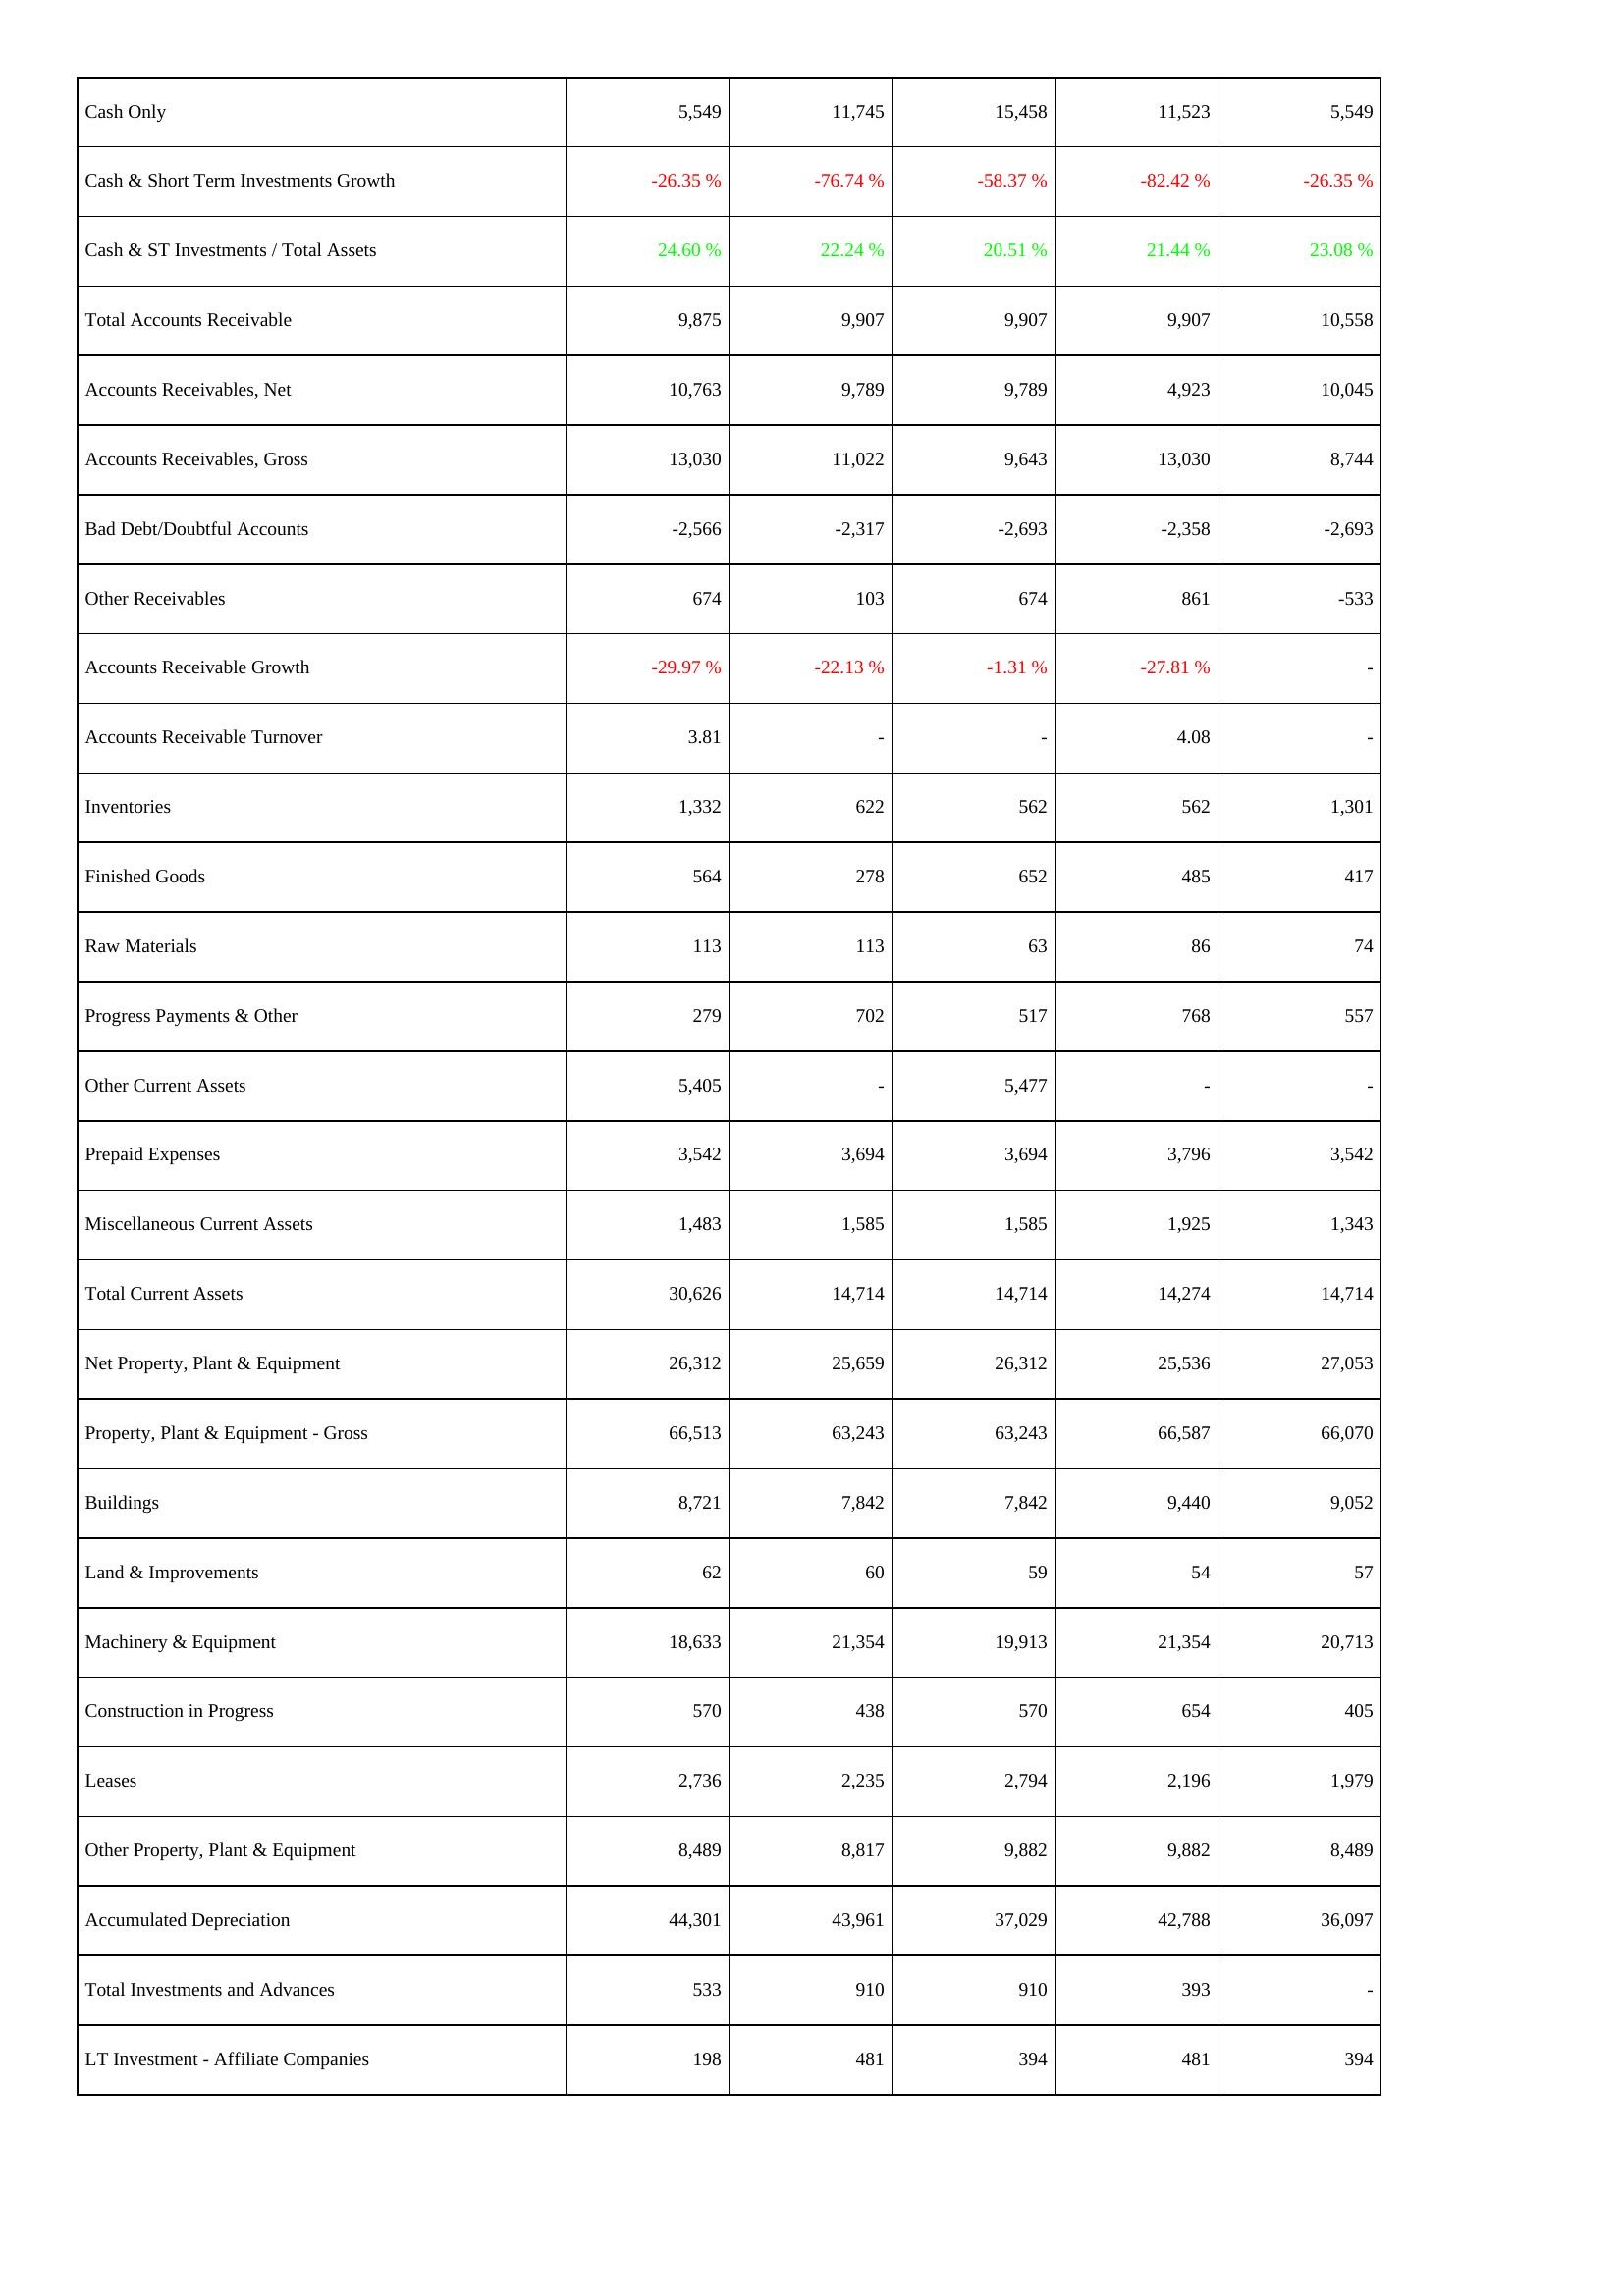
2025: Assets: Cash Only: 5,549
Cash & Short Term Investments Growth: -26.35 %
Cash & ST Investments / Total Assets: 24.60 %
Total Accounts Receivable: 9,875
Accounts Receivables, Net: 10,763
Accounts Receivables, Gross: 13,030
Bad Debt/Doubtful Accounts: -2,566
Other Receivables: 674
Accounts Receivable Growth: -29.97 %
Accounts Receivable Turnover: 3.81
Inventories: 1,332
Finished Goods: 564
Raw Materials: 113
Progress Payments & Other: 279
Other Current Assets: 5,405
Prepaid Expenses: 3,542
Miscellaneous Current Assets: 1,483
Total Current Assets: 30,626
Net Property, Plant & Equipment: 26,312
Property, Plant & Equipment - Gross: 66,513
Buildings: 8,721
Land & Improvements: 62
Machinery & Equipment: 18,633
Construction in Progress: 570
Leases: 2,736
Other Property, Plant & Equipment: 8,489
Accumulated Depreciation: 44,301
Total Investments and Advances: 533
LT Investment - Affiliate Companies: 198
2024: Assets: Cash Only: 11,745
Cash & Short Term Investments Growth: -76.74 %
Cash & ST Investments / Total Assets: 22.24 %
Total Accounts Receivable: 9,907
Accounts Receivables, Net: 9,789
Accounts Receivables, Gross: 11,022
Bad Debt/Doubtful Accounts: -2,317
Other Receivables: 103
Accounts Receivable Growth: -22.13 %
Accounts Receivable Turnover: -
Inventories: 622
Finished Goods: 278
Raw Materials: 113
Progress Payments & Other: 702
Other Current Assets: -
Prepaid Expenses: 3,694
Miscellaneous Current Assets: 1,585
Total Current Assets: 14,714
Net Property, Plant & Equipment: 25,659
Property, Plant & Equipment - Gross: 63,243
Buildings: 7,842
Land & Improvements: 60
Machinery & Equipment: 21,354
Construction in Progress: 438
Leases: 2,235
Other Property, Plant & Equipment: 8,817
Accumulated Depreciation: 43,961
Total Investments and Advances: 910
LT Investment - Affiliate Companies: 481
2023: Assets: Cash Only: 15,458
Cash & Short Term Investments Growth: -58.37 %
Cash & ST Investments / Total Assets: 20.51 %
Total Accounts Receivable: 9,907
Accounts Receivables, Net: 9,789
Accounts Receivables, Gross: 9,643
Bad Debt/Doubtful Accounts: -2,693
Other Receivables: 674
Accounts Receivable Growth: -1.31 %
Accounts Receivable Turnover: -
Inventories: 562
Finished Goods: 652
Raw Materials: 63
Progress Payments & Other: 517
Other Current Assets: 5,477
Prepaid Expenses: 3,694
Miscellaneous Current Assets: 1,585
Total Current Assets: 14,714
Net Property, Plant & Equipment: 26,312
Property, Plant & Equipment - Gross: 63,243
Buildings: 7,842
Land & Improvements: 59
Machinery & Equipment: 19,913
Construction in Progress: 570
Leases: 2,794
Other Property, Plant & Equipment: 9,882
Accumulated Depreciation: 37,029
Total Investments and Advances: 910
LT Investment - Affiliate Companies: 394
2022: Assets: Cash Only: 11,523
Cash & Short Term Investments Growth: -82.42 %
Cash & ST Investments / Total Assets: 21.44 %
Total Accounts Receivable: 9,907
Accounts Receivables, Net: 4,923
Accounts Receivables, Gross: 13,030
Bad Debt/Doubtful Accounts: -2,358
Other Receivables: 861
Accounts Receivable Growth: -27.81 %
Accounts Receivable Turnover: 4.08
Inventories: 562
Finished Goods: 485
Raw Materials: 86
Progress Payments & Other: 768
Other Current Assets: -
Prepaid Expenses: 3,796
Miscellaneous Current Assets: 1,925
Total Current Assets: 14,274
Net Property, Plant & Equipment: 25,536
Property, Plant & Equipment - Gross: 66,587
Buildings: 9,440
Land & Improvements: 54
Machinery & Equipment: 21,354
Construction in Progress: 654
Leases: 2,196
Other Property, Plant & Equipment: 9,882
Accumulated Depreciation: 42,788
Total Investments and Advances: 393
LT Investment - Affiliate Companies: 481
2021: Assets: Cash Only: 5,549
Cash & Short Term Investments Growth: -26.35 %
Cash & ST Investments / Total Assets: 23.08 %
Total Accounts Receivable: 10,558
Accounts Receivables, Net: 10,045
Accounts Receivables, Gross: 8,744
Bad Debt/Doubtful Accounts: -2,693
Other Receivables: -533
Accounts Receivable Growth: -
Accounts Receivable Turnover: -
Inventories: 1,301
Finished Goods: 417
Raw Materials: 74
Progress Payments & Other: 557
Other Current Assets: -
Prepaid Expenses: 3,542
Miscellaneous Current Assets: 1,343
Total Current Assets: 14,714
Net Property, Plant & Equipment: 27,053
Property, Plant & Equipment - Gross: 66,070
Buildings: 9,052
Land & Improvements: 57
Machinery & Equipment: 20,713
Construction in Progress: 405
Leases: 1,979
Other Property, Plant & Equipment: 8,489
Accumulated Depreciation: 36,097
Total Investments and Advances: -
LT Investment - Affiliate Companies: 394